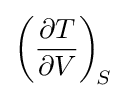
\left({\frac {\partial T}{\partial V}}\right)_{\!S}